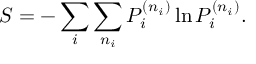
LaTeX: S = - \sum _ { i } \sum _ { n _ { i } } P _ { i } ^ { ( n _ { i } ) } \ln P _ { i } ^ { ( n _ { i } ) } .